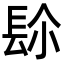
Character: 𨱯